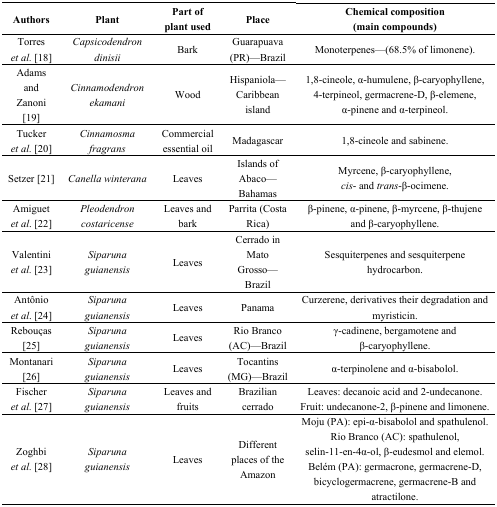
<table><thead><tr><td><b>Authors</b></td><td><b>Plant</b></td><td><b>Part of plant used</b></td><td><b>Place</b></td><td><b>Chemical composition (main compounds)</b></td></tr></thead><tbody><tr><td>Torres <i>et al.</i> [18]</td><td><i>Capsicodendron dinisii</i></td><td>Bark</td><td>Guarapuava (PR)—Brazil</td><td>Monoterpenes—(68.5% of limonene).</td></tr><tr><td>Adams and Zanoni [19]</td><td><i>Cinnamodendron ekamani</i></td><td>Wood</td><td>Hispaniola—Caribbean island</td><td>1,8-cineole, α-humulene, β-caryophyllene, 4-terpineol, germacrene-D, β-elemene, α-pinene and α-terpineol.</td></tr><tr><td>Tucker <i>et al.</i> [20]</td><td><i>Cinnamosma fragrans</i></td><td>Commercial essential oil</td><td>Madagascar</td><td>1,8-cineole and sabinene.</td></tr><tr><td>Setzer [21]</td><td><i>Canella winterana</i></td><td>Leaves</td><td>Islands of Abaco—Bahamas </td><td>Myrcene, β-caryophyllene, <i>cis</i>- and <i>trans</i>-β-ocimene.</td></tr><tr><td>Amiguet <i>et al</i>. [22]</td><td><i>Pleodendron costaricense</i></td><td>Leaves and bark</td><td>Parrita (Costa Rica)</td><td>β-pinene, α-pinene, β-myrcene, β-thujene and β-caryophyllene.</td></tr><tr><td>Valentini <i>et al.</i> [23]</td><td><i>Siparuna guianensis</i></td><td>Leaves</td><td>Cerrado in Mato Grosso—Brazil</td><td>Sesquiterpenes and sesquiterpene hydrocarbon.</td></tr><tr><td>Antônio <i>et al</i>. [24]</td><td><i>Siparuna guianensis</i></td><td>Leaves</td><td>Panama</td><td>Curzerene, derivatives their degradation and myristicin.</td></tr><tr><td>Rebouças [25] </td><td><i>Siparuna guianensis</i></td><td>Leaves</td><td>Rio Branco (AC)—Brazil</td><td>γ-cadinene, bergamotene and β-caryophyllene.</td></tr><tr><td>Montanari [26] </td><td><i>Siparuna guianensis</i></td><td>Leaves</td><td>Tocantins (MG)—Brazil</td><td>α-terpinolene and α-bisabolol.</td></tr><tr><td>Fischer <i>et al.</i> [27]</td><td><i>Siparuna guianensis</i></td><td>Leaves and fruits</td><td>Brazilian cerrado</td><td>Leaves: decanoic acid and 2-undecanone. Fruit: undecanone-2, β-pinene and limonene.</td></tr><tr><td>Zoghbi <i>et al.</i> [28]</td><td><i>Siparuna guianensis</i></td><td>Leaves</td><td>Different places of the Amazon</td><td>Moju (PA): epi-α-bisabolol and spathulenol. Rio Branco (AC): spathulenol, selin-11-en-4α-ol, β-eudesmol and elemol.Belém (PA): germacrone, germacrene-D, bicyclogermacrene, germacrene-B and atractilone.</td></tr></tbody></table>